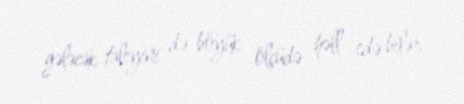
gələcək taleyini də böyük ölçüdə həll edə bilər.